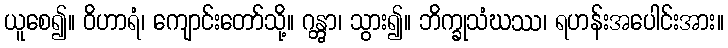
ယူစေ၍။ ဝိဟာရံ၊ ကျောင်းတော်သို့။ ဂန္တွာ၊ သွား၍။ ဘိက္ခုသံဃဿ၊ ရဟန်းအပေါင်းအား။